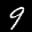
Digit: 9